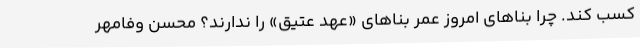
کسب کند. چرا بناهای امروز عمر بناهای «عهد عتیق» را ندارند؟ محسن وفامهر